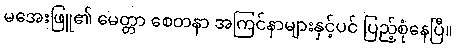
မအေးဖြူ၏ မေတ္တာ စေတနာ အကြင်နာများနှင့်ပင် ပြည့်စုံနေပြီ။